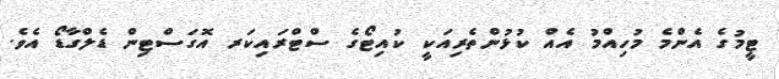
ޓީމުގެ އެންމެ މުހިއްމު އެއް ކުޅުންތެރިއަކީ ކުއިޓޯގެ ސްޓްރައިކަރ އޮގަސްޓިން ޑެލްގާޑޯ އެވެ.